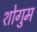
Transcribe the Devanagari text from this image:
शोगुम